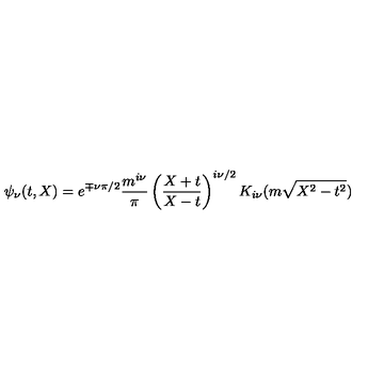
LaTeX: \psi _ { \nu } ( t , X ) = e ^ { \mp \nu \pi / 2 } \frac { m ^ { i \nu } } { \pi } \left( \frac { X + t } { X - t } \right) ^ { i \nu / 2 } K _ { i \nu } ( m \sqrt { X ^ { 2 } - t ^ { 2 } } )